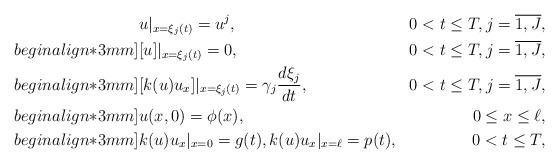
LaTeX: \begin{align*}&u|_{x=\xi_j(t)}=u^j, &0<t\leq T, j=\overline{1,J}, \\begin{align*}3mm]&[u]|_{x=\xi_j(t)}=0, &0<t\leq T, j=\overline{1,J}, \\begin{align*}3mm]&[k(u)u_x]|_{x=\xi_j(t)} = \gamma_j\frac{d\xi_j}{dt}, &0<t\leq T, j=\overline{1,J}, \\begin{align*}3mm]&u(x,0) = \phi(x), &0\leq x \leq \ell, \\begin{align*}3mm]&k(u)u_x|_{x=0}=g(t),k(u)u_x|_{x=\ell} = p(t),&0<t\leq T, \end{align*}